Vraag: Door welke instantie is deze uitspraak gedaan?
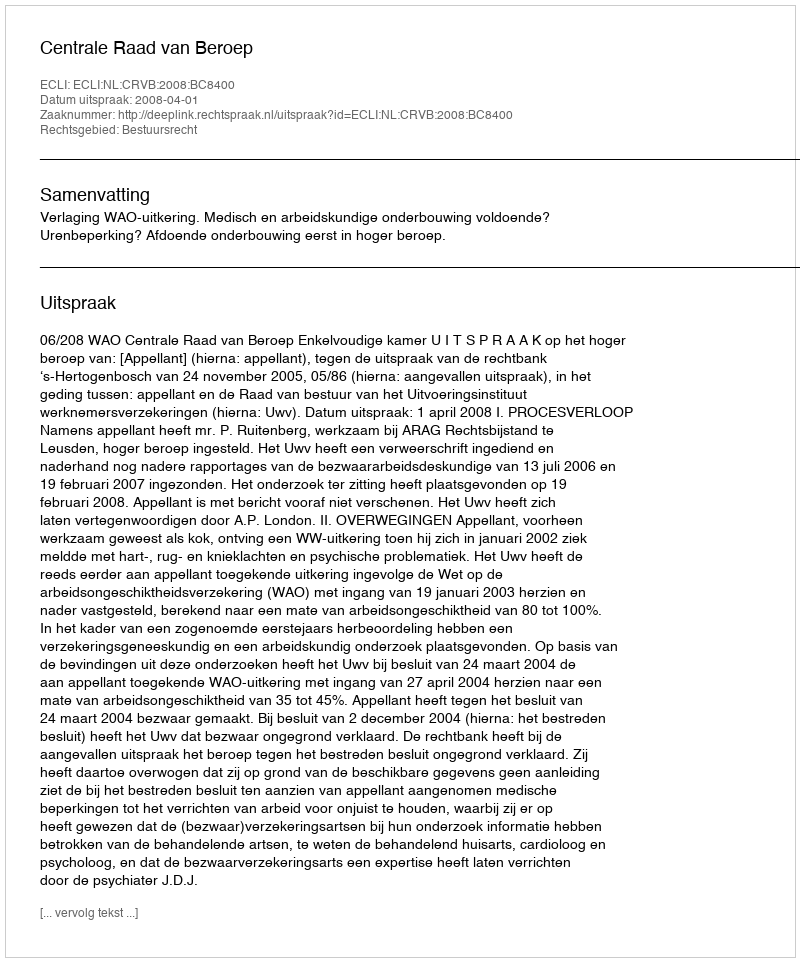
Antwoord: Centrale Raad van Beroep